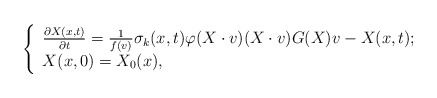
\begin{align*}\left\{\begin{array}{lr}\frac{\partial X(x,t)}{\partial t}=\frac{1}{f(v)}\sigma_{k}(x,t)\varphi(X\cdot v)(X\cdot v)G(X)v-X(x,t); \\X(x,0)=X_{0}(x),\end{array}\right.\end{align*}